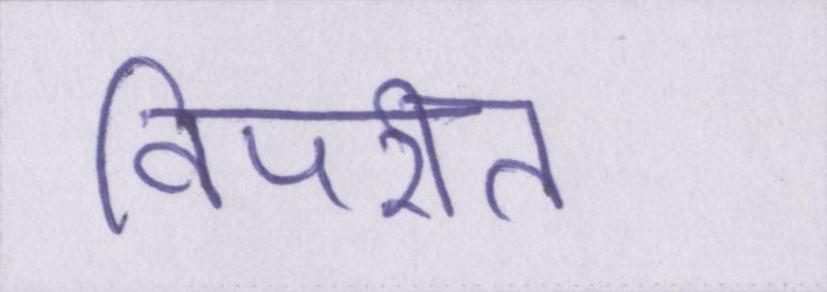
विपरीत